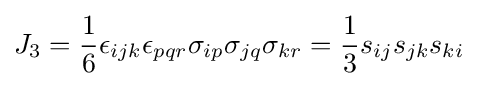
J_{3}={\frac {1}{6}}\epsilon _{ijk}\epsilon _{pqr}\sigma _{ip}\sigma _{jq}\sigma _{kr}={\frac {1}{3}}s_{ij}s_{jk}s_{ki}